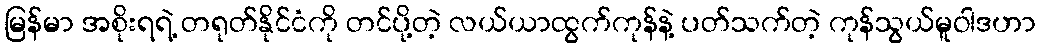
မြန်မာ အစိုးရရဲ့ တရုတ်နိုင်ငံကို တင်ပို့တဲ့ လယ်ယာထွက်ကုန်နဲ့ ပတ်သက်တဲ့ ကုန်သွယ်မူဝါဒဟာ